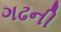
ગઢની